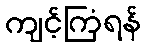
ကျင့်ကြံရန်